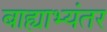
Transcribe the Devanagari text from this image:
बाह्याभ्यंतर